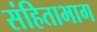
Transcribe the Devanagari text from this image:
संहिताभाग